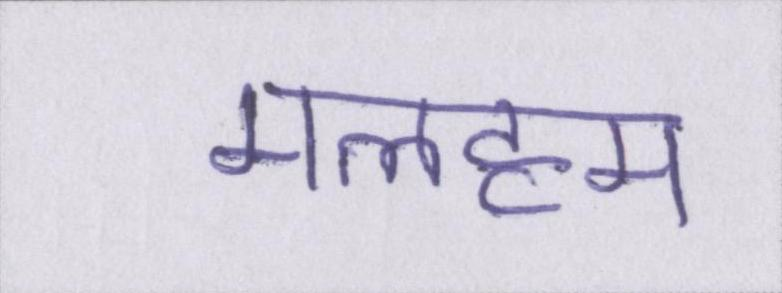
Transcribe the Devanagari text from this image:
मलहम